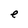
Character: e